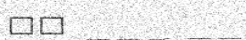
٤٠